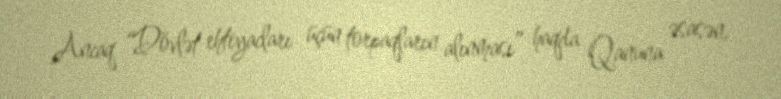
Ancaq “Dövlət ehtiyacları üçün torpaqların alınması” haqda Qanuna əsasən,